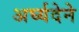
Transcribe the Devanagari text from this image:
अर्घ्यदेने